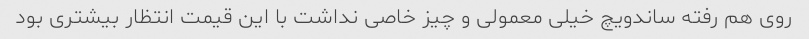
روی هم رفته ساندویچ خیلی معمولی و چیز خاصی نداشت با این قیمت انتظار بیشتری بود